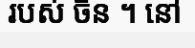
របស់ ចិន ។ នៅ